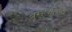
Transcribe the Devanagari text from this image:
ब्रम्हचैतन्य